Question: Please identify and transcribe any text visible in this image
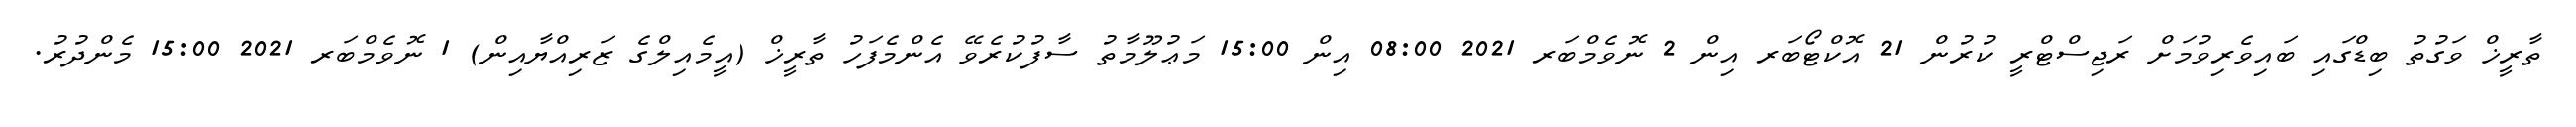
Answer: ތާރީޚް ވަގުތު ބިޑްގައި ބައިވެރިވުމަށް ރަޖިސްޓްރީ ކުރުން 21 އޮކްޓޯބަރ އިން 2 ނޮވެމްބަރ 2021 08:00 އިން 15:00 މަޢުލޫމާތު ސާފުކުރެވޭ އެންމެފަހު ތާރީޚް (އީމެއިލްގެ ޒަރިއްޔާއިން) 1 ނޮވެމްބަރ 2021 15:00 މެންދުރު.